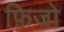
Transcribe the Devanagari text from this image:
फ़िजो